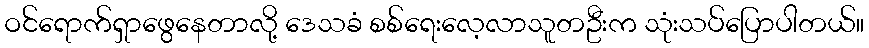
ဝင်ရောက်ရှာဖွေနေတာလို့ ဒေသခံ စစ်ရေးလေ့လာသူတဦးက သုံးသပ်ပြောပါတယ်။